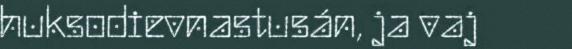
huksodievnastusán, ja vaj